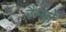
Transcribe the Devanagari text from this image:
रैन्चो